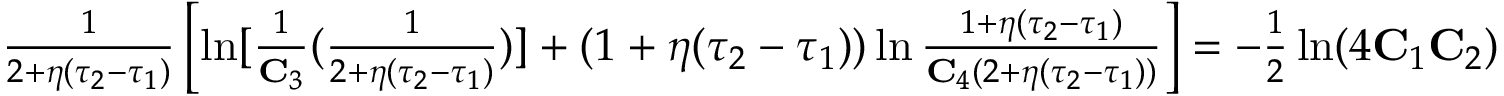
\begin{array} { r } { \frac { 1 } { 2 + \eta ( \tau _ { 2 } - \tau _ { 1 } ) } \left[ \ln [ \frac { 1 } { \mathbf { C } _ { 3 } } ( \frac { 1 } { 2 + \eta ( \tau _ { 2 } - \tau _ { 1 } ) } ) ] + ( 1 + \eta ( \tau _ { 2 } - \tau _ { 1 } ) ) \ln \frac { 1 + \eta ( \tau _ { 2 } - \tau _ { 1 } ) } { \mathbf { C } _ { 4 } ( 2 + \eta ( \tau _ { 2 } - \tau _ { 1 } ) ) } \right] = - \frac { 1 } { 2 } \ln ( 4 \mathbf { C } _ { 1 } \mathbf { C } _ { 2 } ) } \end{array}